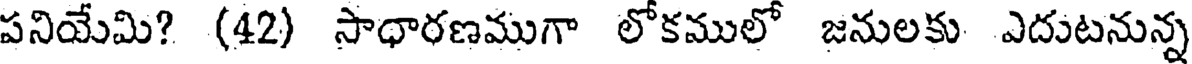
పనియేమి? (42) సాధారణముగా లోకములో జనులకు ఎదుటనున్న